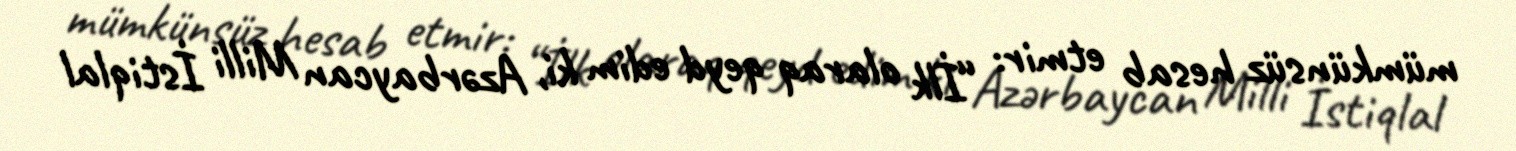
mümkünsüz hesab etmir: “İlk olaraq qeyd edim ki, Azərbaycan Milli İstiqlal